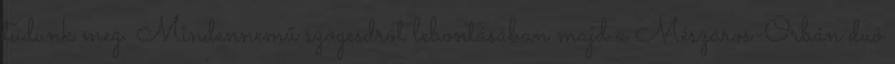
tudunk meg. Mindennemű szögesdrót lebontásában majd a Mészáros-Orbán duó